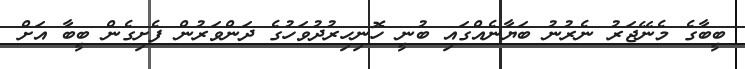
ބީބާގެ މެނޭޖަރު ނެރުނު ބަޔާނެއްގައި ބުނީ ހޮނިހިރުދުވަހުގެ ދަންވަރުން ފެށިގެން ބީބާ އަށް